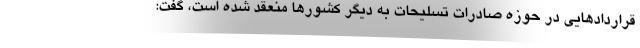
قراردادهایی در حوزه صادرات تسلیحات به دیگر کشورها منعقد شده است، گفت: